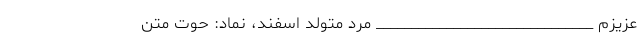
عزیزم _______________________________ مرد متولد اسفند، نماد: حوت متن